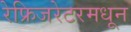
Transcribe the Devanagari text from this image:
रेफ्रिजरेटरमधून